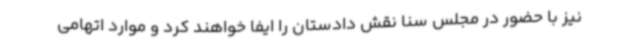
نیز با حضور در مجلس سنا نقش دادستان را ایفا خواهند کرد و موارد اتهامی